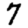
Digit: 7